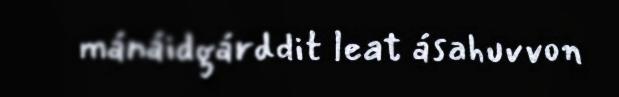
mánáidgárddit leat ásahuvvon